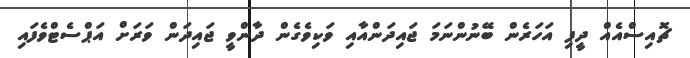
ޗޮއިސްއެއް ދީފި އަހަރެން ބޭނުންނަމަ ޖައިދަންއާއި ވަކިވެގެން ދާންވީ ޖައިދަން ވަރަށް އަޕްސެޓްވެފައި